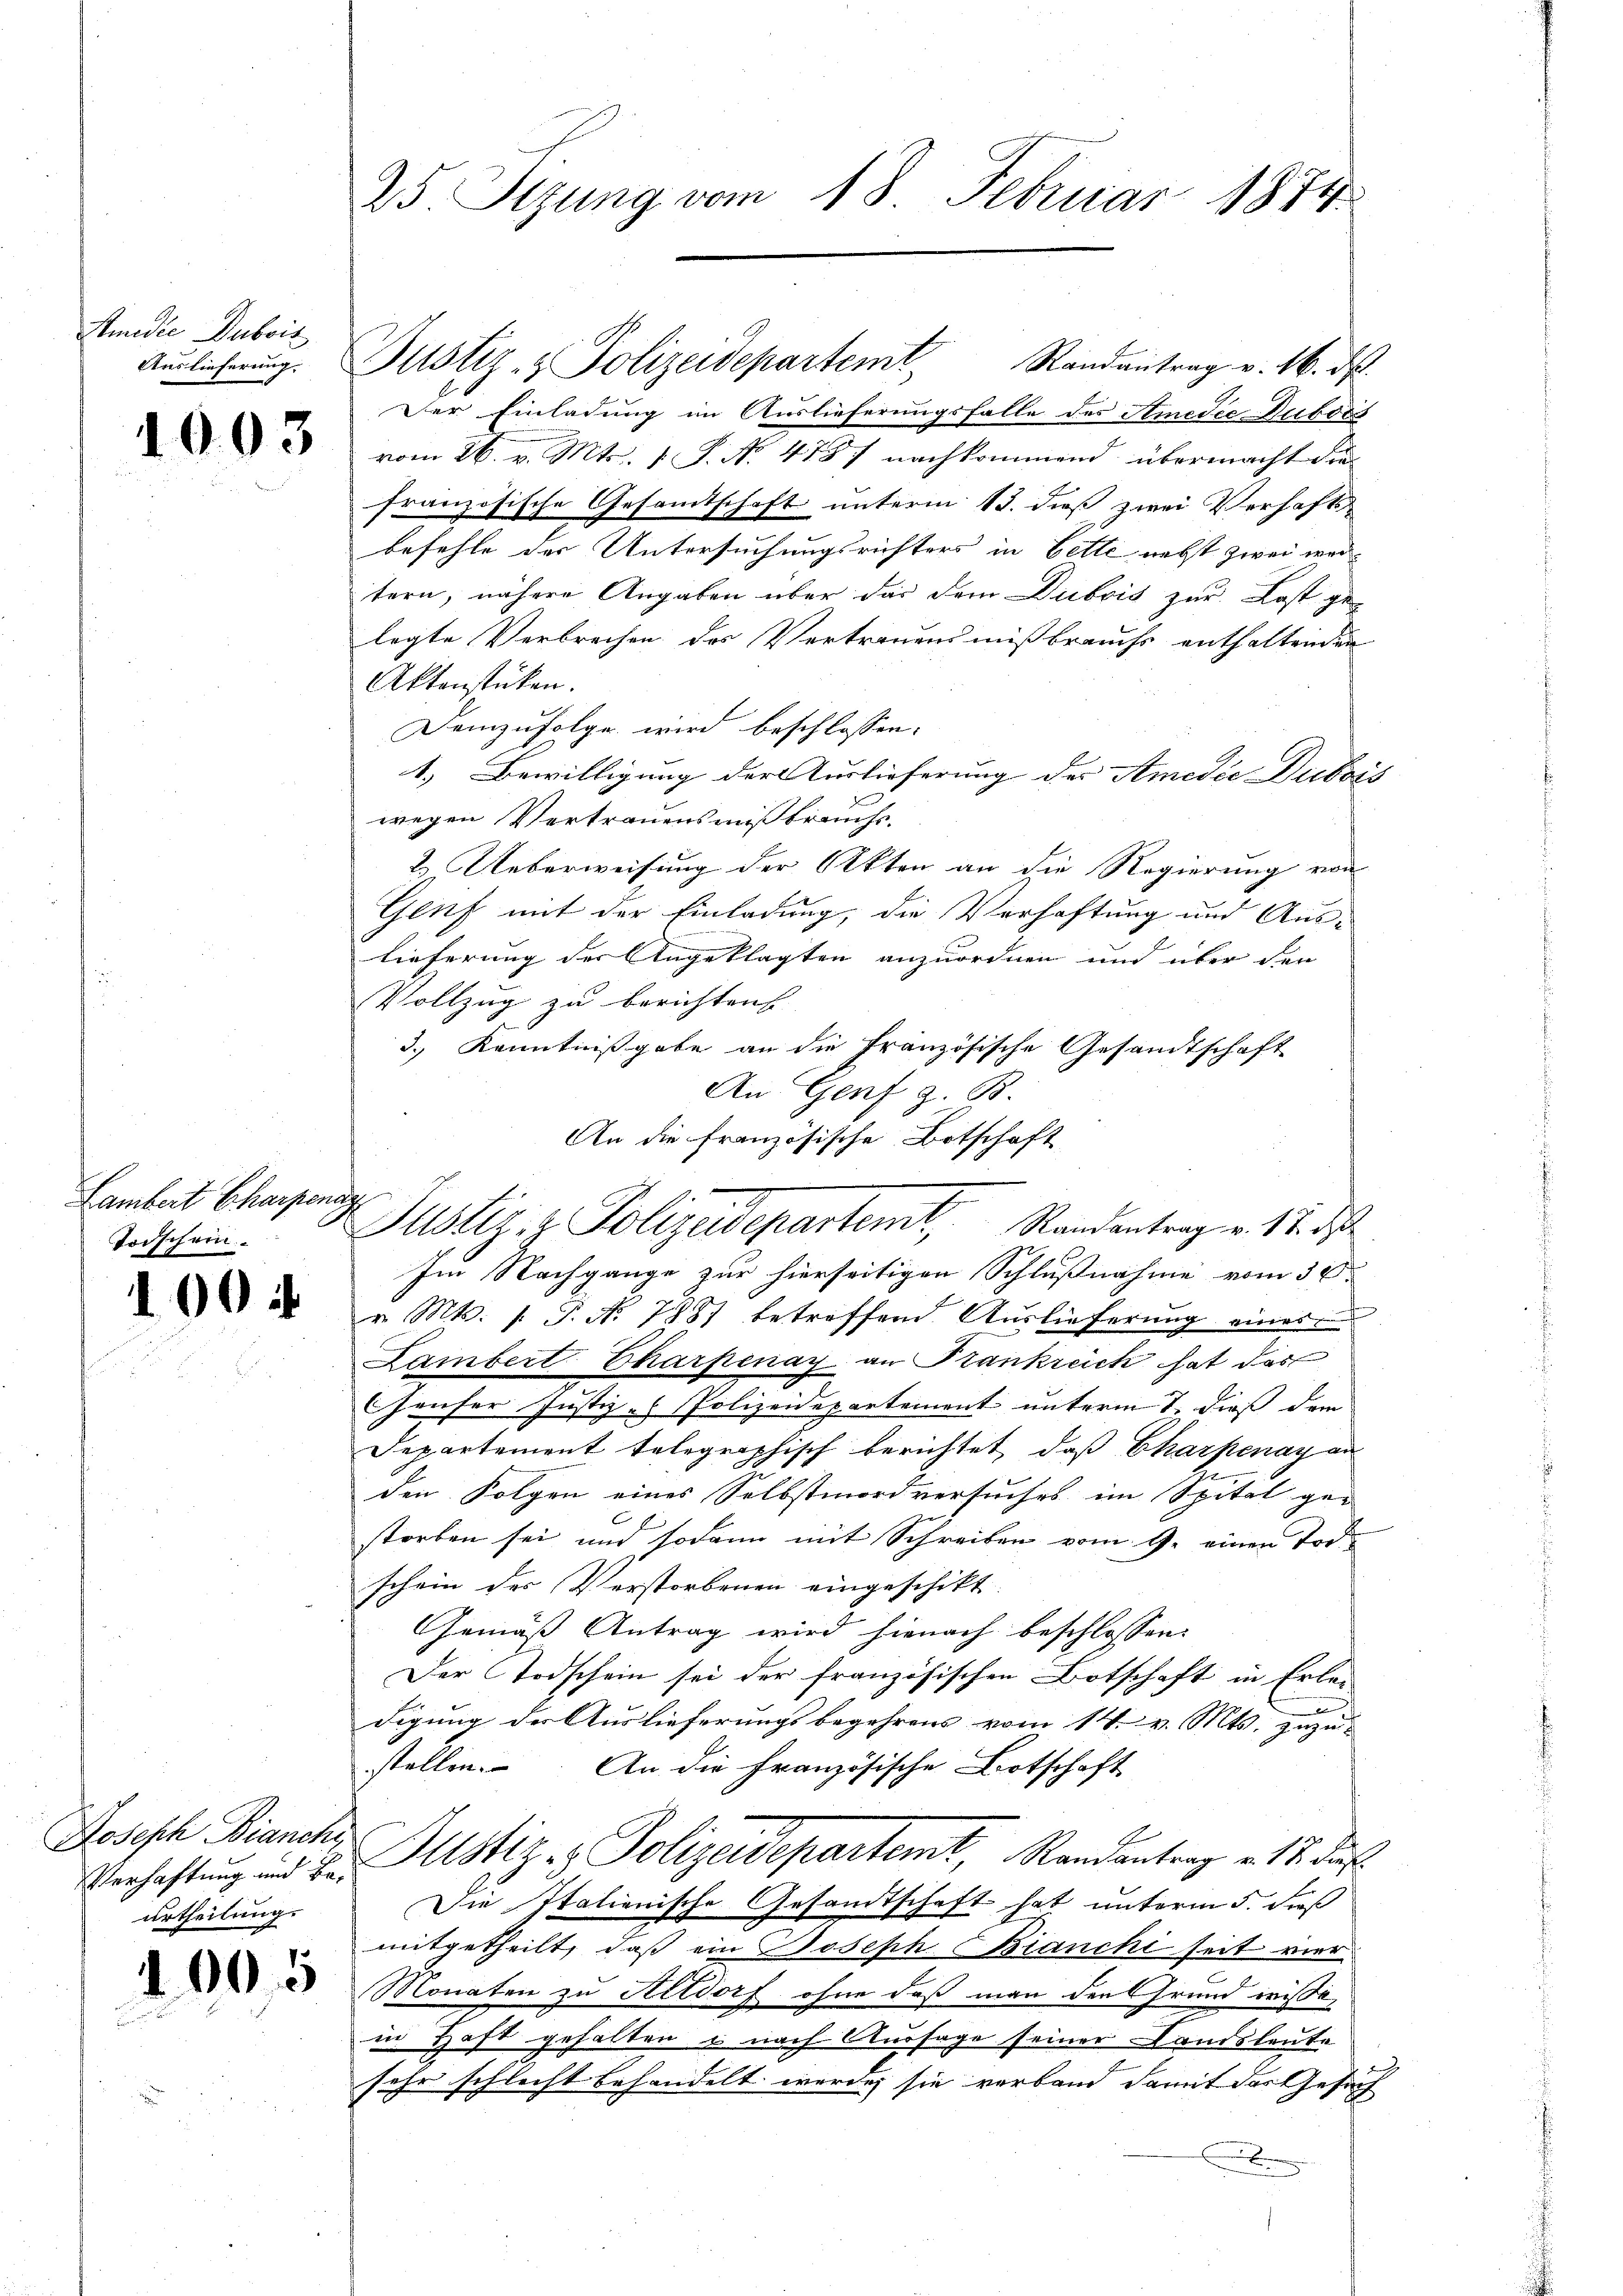
Studie Dubois
Auslieferung.

1003

Lambert Charpen
Todschein

100 f

Joseph Bianche
urtheilung.

1005

25 Sizung vom 18. Februar 1874

Der Einladung im Auslieferungsfalle des Amedie Dubois
vom 26. v. Mts. 1 P. No. 4787 nachkommend übermacht die
französische Gesamtschaft unterm 13. dieß zwei Verhaftsbefehle der Untersuchungsrichters in Bette nebst zwei wertern, nähere Angaben über das dem Dubois zur Last gelegte Verbrechen des Vertrauensmißbrauchs enthaltenden
Aktenstücken.
Demzufolge wird beschlossen:
1.) Bewilligung der Auslieferung des Amedie Dubois
wegen Vertrauensmißbrauchs-
2. Ueberweisung der Akten an die Regierung von
Genf mit der Einladung, die Verhaftung und Auslieferung der Angeklagten anzuordnen und über den
Vollzug zu berichten |
3.) Kenntnißgabe an die Französische Gesandtschaft
An Genf z. B.
An die französische Botschaft
Im Nachgange zur hierseitigen Schlußnahme vom 30.
v. Mts. 1. P. Nr. 7881 betreffend Auslieferung eines
Lambert Charpenay an Krankreich hat das
CHäuser Justiz- Polizeidepartement unterm 7. dieß dem
Departement telegraphisch berichtet, daß Charpenay an
den Folgen eines Selbstmordversuches im Spital ge-
storben sei und sodann mit Schreiben vom 9. einen Tod
schein des Verstorbenen eingeschikt.
Gemäss Antrag wird hienach beschlossen:
Der Todschein sei der französischen Botschaft in Erlei
n
digung der Auslieferungsbegehrens vom 14. v. Mts. zuzu-
stellen. An die Französische Botschaft
Verhaftung und Hr. Astiz & Polizeidepartemt, Randantrag v. 17. das
Die Italienische Gesandtschaft hat unterm 5. Fuß
mitgetheilt, daß ein Joseph Bianchi seit vier
Monaten zu Altdorf ohne daß man den Grund wisse,
in Haft gehalten u nach Aussage seiner Landsleute
sehr schlecht behandelt werde, sie verband damit des Gesuch
B

Justiz- & Polizeidepartemt. Randantrag v. 16. ds.

a

Justiz & Polizeidepartemt, Standentrag v. 12. d